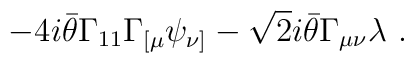
- 4i \bar{\theta} \Gamma_{11} \Gamma_{[ \mu}\psi_{\nu ]} - \sqrt{2} i \bar{\theta} \Gamma_{\mu \nu} \lambda~.